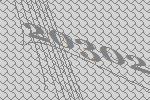
20302